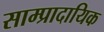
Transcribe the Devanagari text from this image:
साम्प्रादायिक